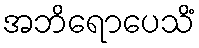
အဘိရောပေသိံ